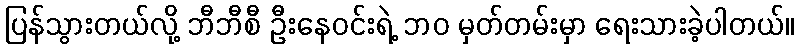
ပြန်သွားတယ်လို့ ဘီဘီစီ ဦးနေဝင်းရဲ့ ဘဝ မှတ်တမ်းမှာ ရေးသားခဲ့ပါတယ်။